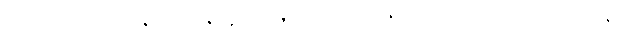
ဓမ္မယာဂံ၊ တရားယဇ်ကို။ ယဇန္တော၊ ပူဇော်လျက်။ ဓမ္မဓဇံ၊ တရားအောင်လံကို။ ပဂ္ဂဏှန္တော၊